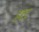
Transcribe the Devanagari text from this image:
हद्दद